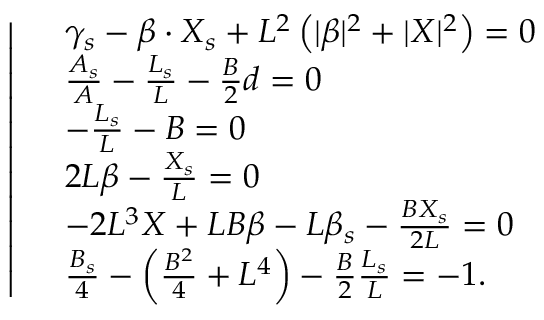
\left| \begin{array} { r l } & { \gamma _ { s } - \beta \cdot X _ { s } + L ^ { 2 } \left( | \beta | ^ { 2 } + | X | ^ { 2 } \right) = 0 } \\ & { \frac { A _ { s } } { A } - \frac { L _ { s } } { L } - \frac { B } { 2 } d = 0 } \\ & { - \frac { L _ { s } } { L } - B = 0 } \\ & { 2 L \beta - \frac { X _ { s } } { L } = 0 } \\ & { - 2 L ^ { 3 } X + L B \beta - L \beta _ { s } - \frac { B X _ { s } } { 2 L } = 0 } \\ & { \frac { B _ { s } } { 4 } - \left( \frac { B ^ { 2 } } { 4 } + L ^ { 4 } \right) - \frac { B } { 2 } \frac { L _ { s } } { L } = - 1 . } \end{array} \right.